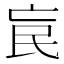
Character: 𣱅